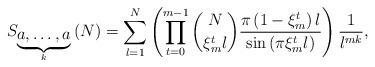
LaTeX: \begin{align*}S_{\underset{k}{\underbrace{a,\ldots,a}}}\left(N\right)=\sum_{l=1}^{N}\left(\prod_{t=0}^{m-1}{N \choose \xi_{m}^{t}l}\frac{\pi\left(1-\xi_{m}^{t}\right)l}{\sin\left(\pi\xi_{m}^{t}l\right)}\right)\frac{1}{l^{mk}},\end{align*}